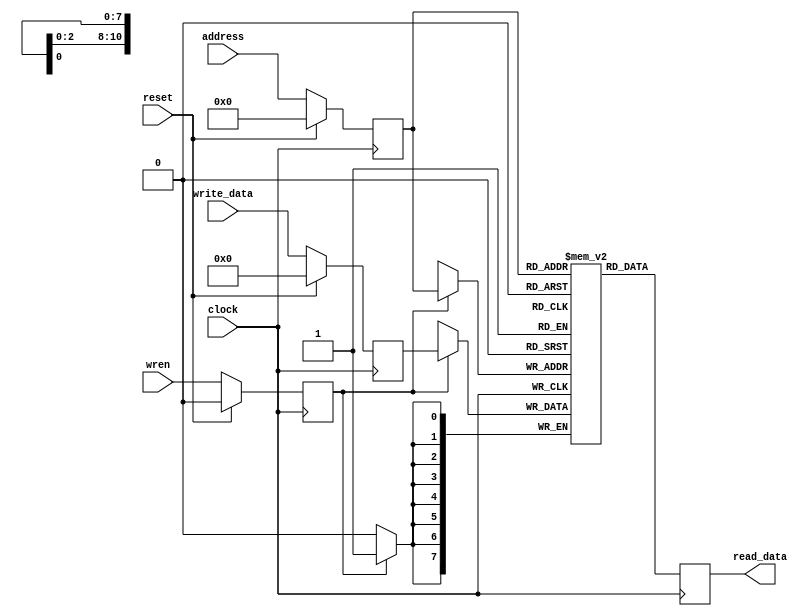
// Simple, platform-agnostic single-ported RAM

module generic_ram(clock, reset, address, wren, write_data, read_data);

parameter integer WIDTH = 8;
parameter integer WORDS = 2048;
localparam ADDR_BITS = $clog2(WORDS-1);

input clock;
input reset;
input [ADDR_BITS-1:0] address;
input wren;
input [WIDTH-1:0] write_data;
output reg [WIDTH-1:0] read_data;

reg [WIDTH-1:0] mem[0:WORDS-1];

reg [ADDR_BITS-1:0] a_prereg;
reg [WIDTH-1:0] d_prereg;
reg wren_prereg;

always @(posedge clock) begin
  if (reset == 1'b1) begin
    wren_prereg <= 0;
    a_prereg <= 0;
    d_prereg <= 0;
  end else begin
    wren_prereg <= wren;
    a_prereg <= address;
    d_prereg <= write_data;
  end

  
  read_data <= mem[a_prereg];
  if (wren_prereg) mem[a_prereg] <= d_prereg;
end

endmodule